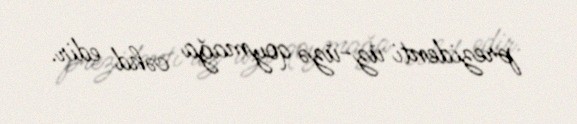
prezidenti üz-üzə qoymağa cəhd edir.